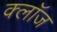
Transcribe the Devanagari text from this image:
क्लाॅज